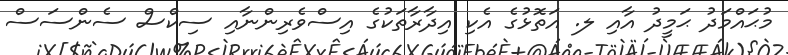
މުޙައްމަދު ޙަމީދު އާއި ލ. އަތޮޅުގެ އެކި އިދާރާތަކުގެ އިސްވެރިންނާއި ސިކްސް ސެންސަސް